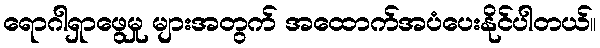
ရောဂါရှာဖွေမှု များအတွက် အထောက်အပံပေးနိုင်ပါတယ်။